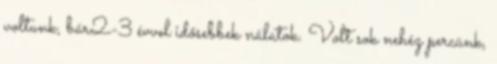
voltunk, bár2-3 évvel idősebbek nálatok. Volt sok nehéz percünk,